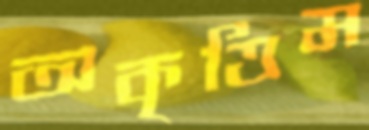
অকৃত্তিম